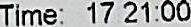
TIME: 17:21:00